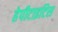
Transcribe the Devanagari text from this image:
हेपीटाइटिस